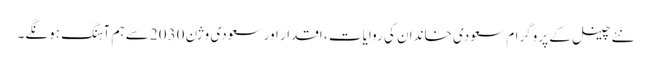
نئے چینل کے پروگرام سعودی خاندان کی روایات ، اقدار اور سعودی وژن 2030 سے ہم آہنگ ہونگے۔